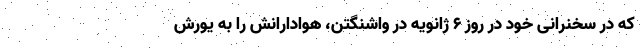
که در سخنرانی خود در روز ۶ ژانویه در واشنگتن، هوادارانش را به یورش